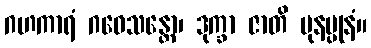
ဂဟကာရံ ဂဝေသန္တော၊ ဒုက္ခာ ဇာတိ ပုနပ္ပုနံ။